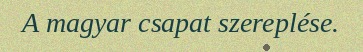
A magyar csapat szereplése.